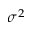
\sigma ^ { 2 }